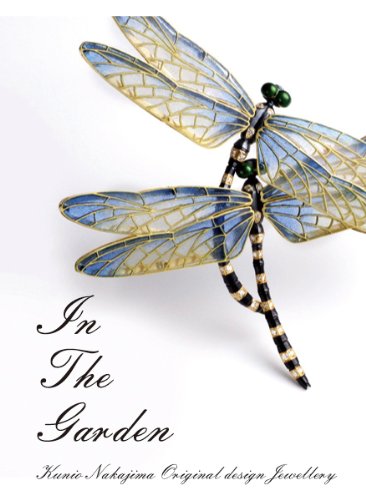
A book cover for In The Garden Kunio Nakajima enamel jewelry (2009) ISBN: 4877901140 [Japanese Import]; Crafts, Hobbies & Home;